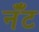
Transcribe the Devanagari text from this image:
नँँट